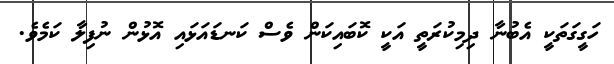
ހަގީގަތަކީ އެބުނާ ދިމިކުރަތީ އަކީ ކޮބައިކަން ވެސް ކަނޑައަޅައި އޮޅުން ނުފިލާ ކަމެވެ.